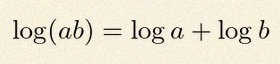
\log(ab)=\log a+\log b